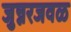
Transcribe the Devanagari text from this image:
जुन्नरजवळ